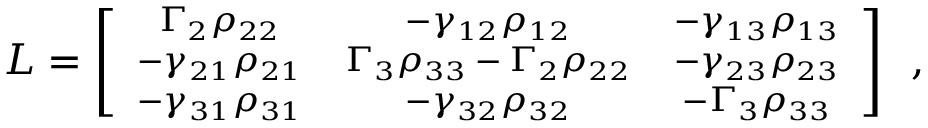
\footnotesize { \cal { L } } = \left[ \begin{array} { c c c c } { \Gamma _ { 2 } \rho _ { 2 2 } } & { - \gamma _ { 1 2 } \rho _ { 1 2 } } & { - \gamma _ { 1 3 } \rho _ { 1 3 } } \\ { - \gamma _ { 2 1 } \rho _ { 2 1 } } & { \Gamma _ { 3 } \rho _ { 3 3 } - \Gamma _ { 2 } \rho _ { 2 2 } } & { - \gamma _ { 2 3 } \rho _ { 2 3 } } \\ { - \gamma _ { 3 1 } \rho _ { 3 1 } } & { - \gamma _ { 3 2 } \rho _ { 3 2 } } & { - \Gamma _ { 3 } \rho _ { 3 3 } } \end{array} \right] \, \, \, ,